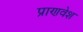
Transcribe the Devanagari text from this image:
प्राणवेश